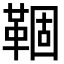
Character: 𬰦